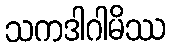
သကဒါဂါမိဿ